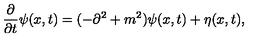
{ \frac { \partial } { \partial t } } \psi ( x , t ) = ( - \partial ^ { 2 } + m ^ { 2 } ) \psi ( x , t ) + \eta ( x , t ) ,